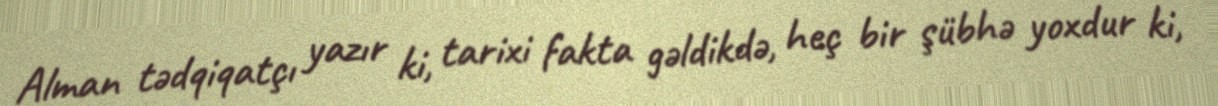
Alman tədqiqatçı yazır ki, tarixi fakta gəldikdə, heç bir şübhə yoxdur ki,